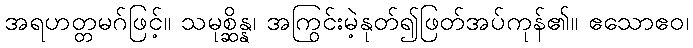
အရဟတ္တမဂ်ဖြင့်။ သမုစ္ဆိန္န၊ အကြွင်းမဲ့နုတ်၍ဖြတ်အပ်ကုန်၏။ ဧသောဧဝ၊